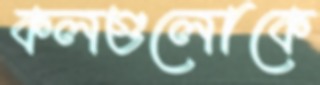
কলগুলোকে